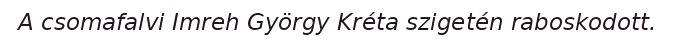
A csomafalvi Imreh György Kréta szigetén raboskodott.